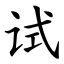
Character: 试